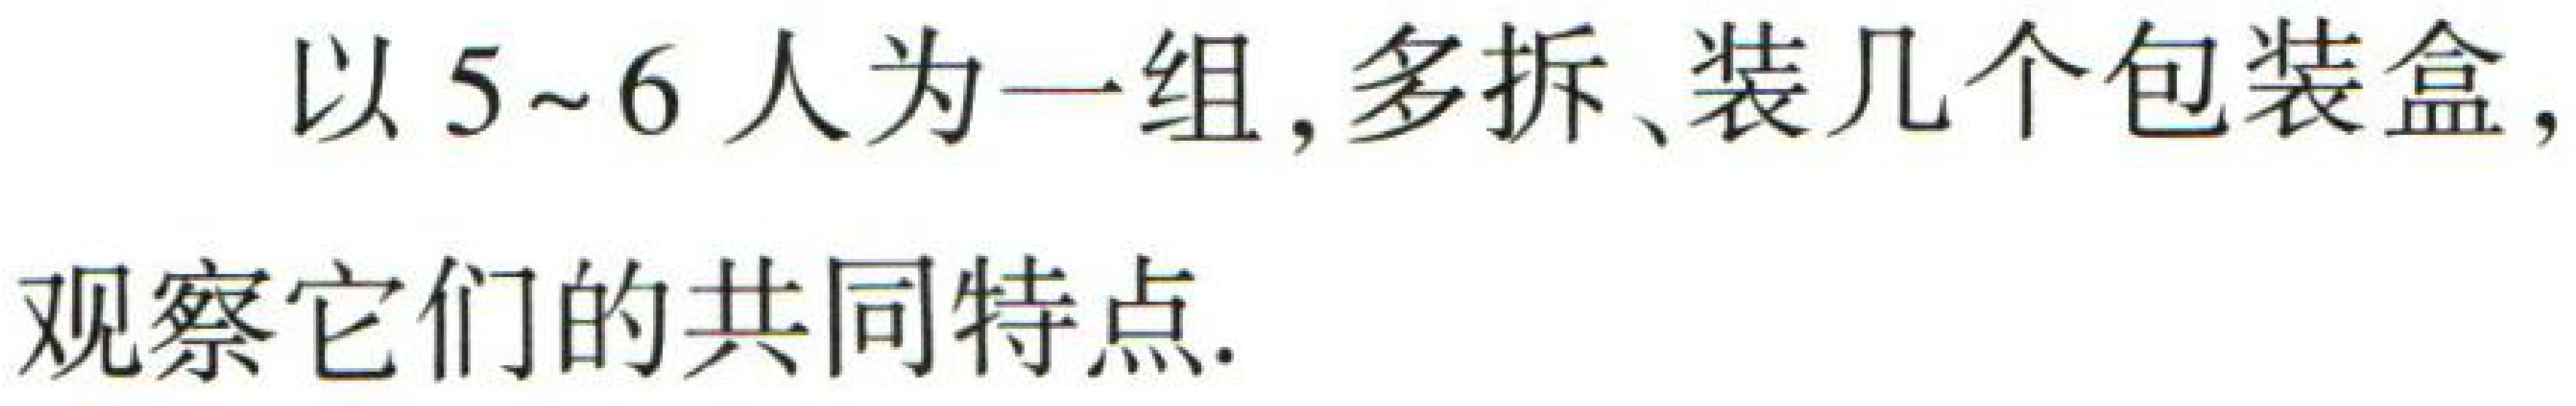
以5~6人为一组, 多拆、装几个包装盒,

观察它们的共同特点.